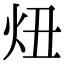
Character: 炄